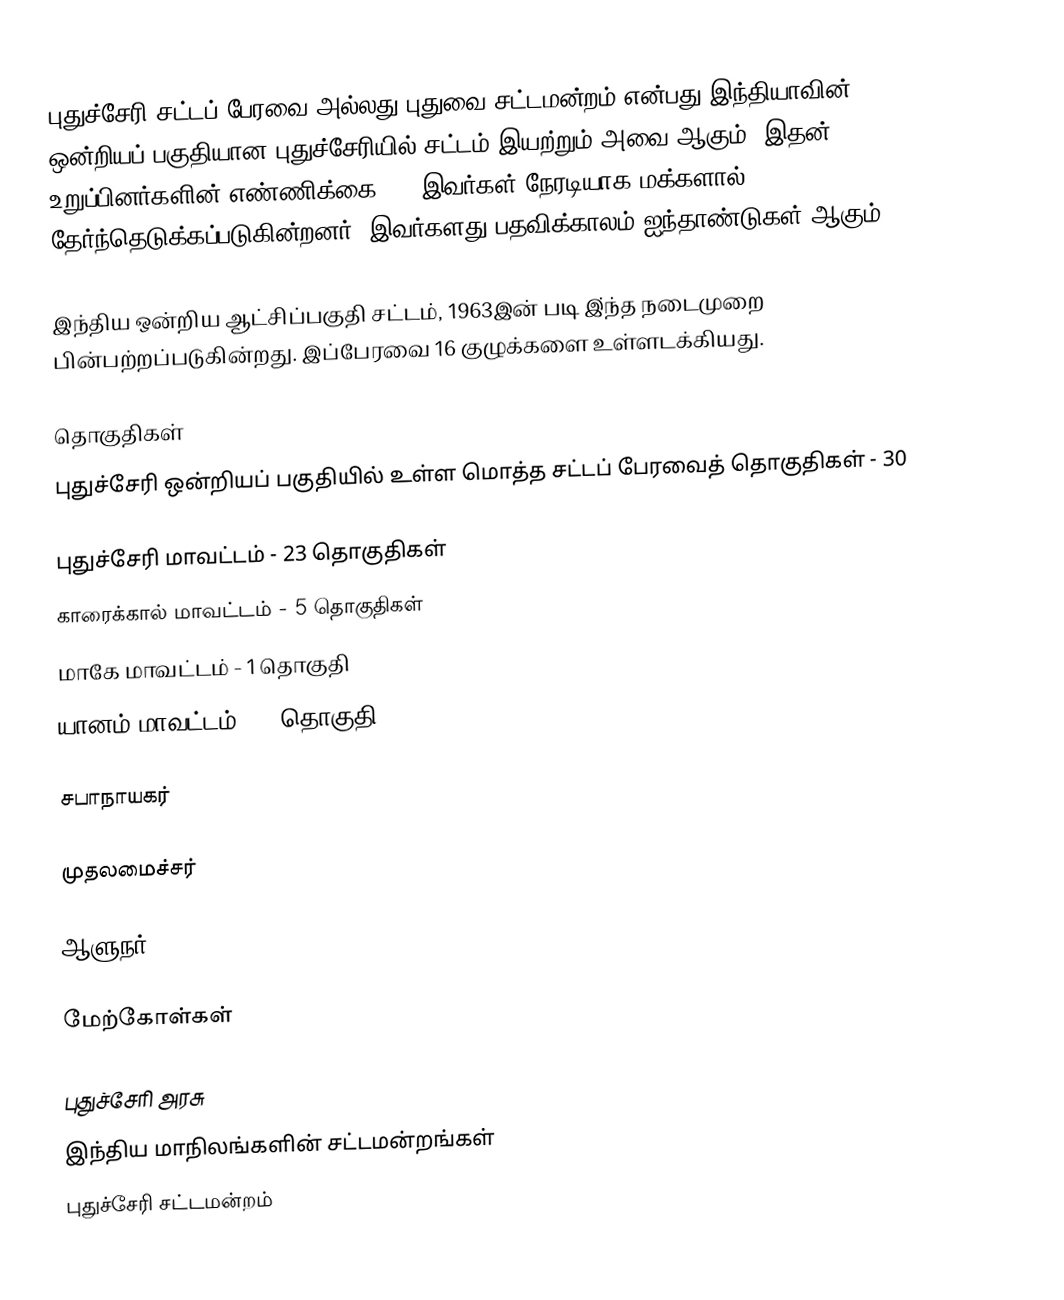
புதுச்சேரி சட்டப் பேரவை அல்லது புதுவை சட்டமன்றம் என்பது இந்தியாவின் ஒன்றியப் பகுதியான புதுச்சேரியில் சட்டம் இயற்றும் அவை ஆகும். இதன் உறுப்பினர்களின் எண்ணிக்கை 30. இவர்கள் நேரடியாக மக்களால் தேர்ந்தெடுக்கப்படுகின்றனர். இவர்களது பதவிக்காலம் ஐந்தாண்டுகள் ஆகும்.

இந்திய ஒன்றிய ஆட்சிப்பகுதி சட்டம், 1963இன் படி இ்ந்த நடைமுறை பின்பற்றப்படுகின்றது. இப்பேரவை 16 குழுக்களை உள்ளடக்கியது.

தொகுதிகள்
புதுச்சேரி ஒன்றியப் பகுதியில் உள்ள மொத்த சட்டப் பேரவைத் தொகுதிகள் - 30

 புதுச்சேரி மாவட்டம் - 23 தொகுதிகள்
 காரைக்கால் மாவட்டம் - 5 தொகுதிகள்
 மாகே மாவட்டம் - 1 தொகுதி
 யானம் மாவட்டம் - 1 தொகுதி

சபாநாயகர்

முதலமைச்சர்

ஆளுநர்

மேற்கோள்கள்

புதுச்சேரி அரசு
இந்திய மாநிலங்களின் சட்டமன்றங்கள்
புதுச்சேரி சட்டமன்றம்